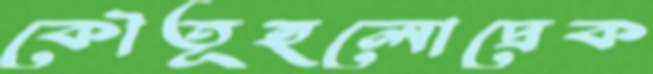
কৌতূহলোদ্রেক